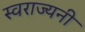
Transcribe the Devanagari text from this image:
स्वराज्यनी